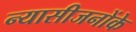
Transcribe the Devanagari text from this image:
न्यासीजनोंके